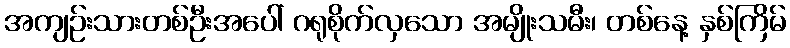
အကျဉ်းသားတစ်ဦးအပေါ် ဂရုစိုက်လှသော အမျိုးသမီး၊ တစ်နေ့ နှစ်ကြိမ်